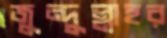
জুন্দুল্লাহর